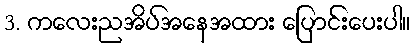
3. ကလေးညအိပ်အနေအထား ပြောင်းပေးပါ။